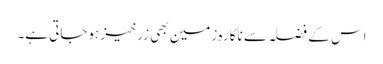
اس کے فضلہ سے ناکارہ زمین بھی زرخیز ہوجاتی ہے۔